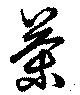
茶